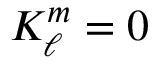
K _ { \ell } ^ { m } = 0